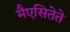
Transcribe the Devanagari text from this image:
मैएसितेते